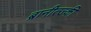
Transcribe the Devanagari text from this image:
ब्रानीत्ज्की